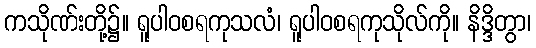
ကသိုဏ်းတို့၌။ ရူပါဝစရကုသလံ၊ ရူပါဝစရကုသိုလ်ကို။ နိဒ္ဒိတွာ၊